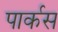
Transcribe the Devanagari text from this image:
पार्कस